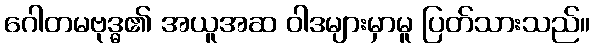
ဂေါတမဗုဒ္ဓ၏ အယူအဆ ဝါဒများမှာမူ ပြတ်သားသည်။